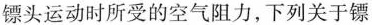
镖头运动时所受的空气阻力，下列关于镖